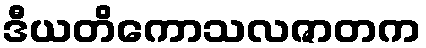
ဒီယတိကောသလဇာတက